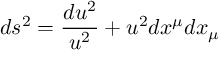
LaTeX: d s ^ { 2 } = { \frac { d u ^ { 2 } } { u ^ { 2 } } } + u ^ { 2 } d x ^ { \mu } d x _ { \mu }